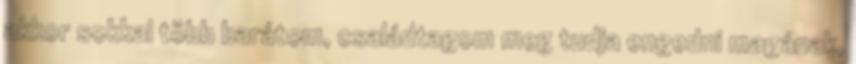
akkor sokkal több barátom, családtagom meg tudja engedni magának,